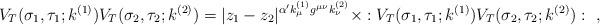
LaTeX: \begin{align*}V_T(\sigma_1,\tau_1;k^{(1)})V_T(\sigma_2,\tau_2;k^{(2)})= |z_1-z_2|^{\alpha'k_{\mu}^{(1)}g^{\mu \nu}k_{\nu}^{(2)}}\times :V_T(\sigma_1,\tau_1;k^{(1)})V_T(\sigma_2,\tau_2;k^{(2)}):~, \end{align*}